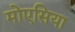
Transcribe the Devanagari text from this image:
मोएसिया